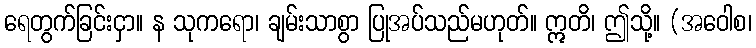
ရေတွက်ခြင်းငှာ။ န သုကရော၊ ချမ်းသာစွာ ပြုအပ်သည်မဟုတ်။ ဣတိ၊ ဤသို့။ (အဝေါစ၊